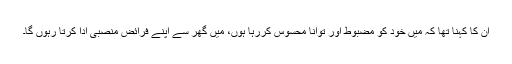
ان کا کہنا تھا کہ میں خود کو مضبوط اور توانا محسوس کررہا ہوں، میں گھر سے اپنے فرائض منصبی ادا کرتا رہوں گا۔